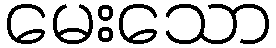
မေးသော